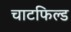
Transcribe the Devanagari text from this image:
चाटफिल्ड